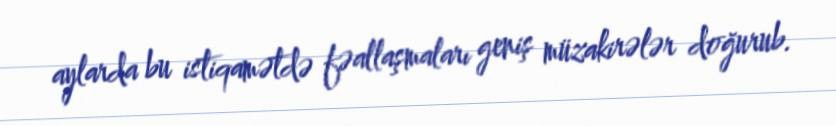
aylarda bu istiqamətdə fəallaşmaları geniş müzakirələr doğurub.